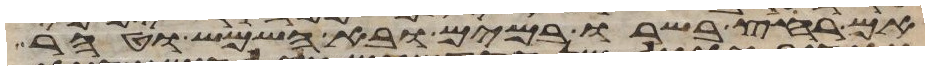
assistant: אם רחץ בשרו במים ובא השמש וטהר